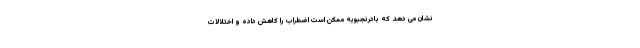
نشان می دهد که بادرنجبویه ممکن است اضطراب را کاهش داده و اختلالات